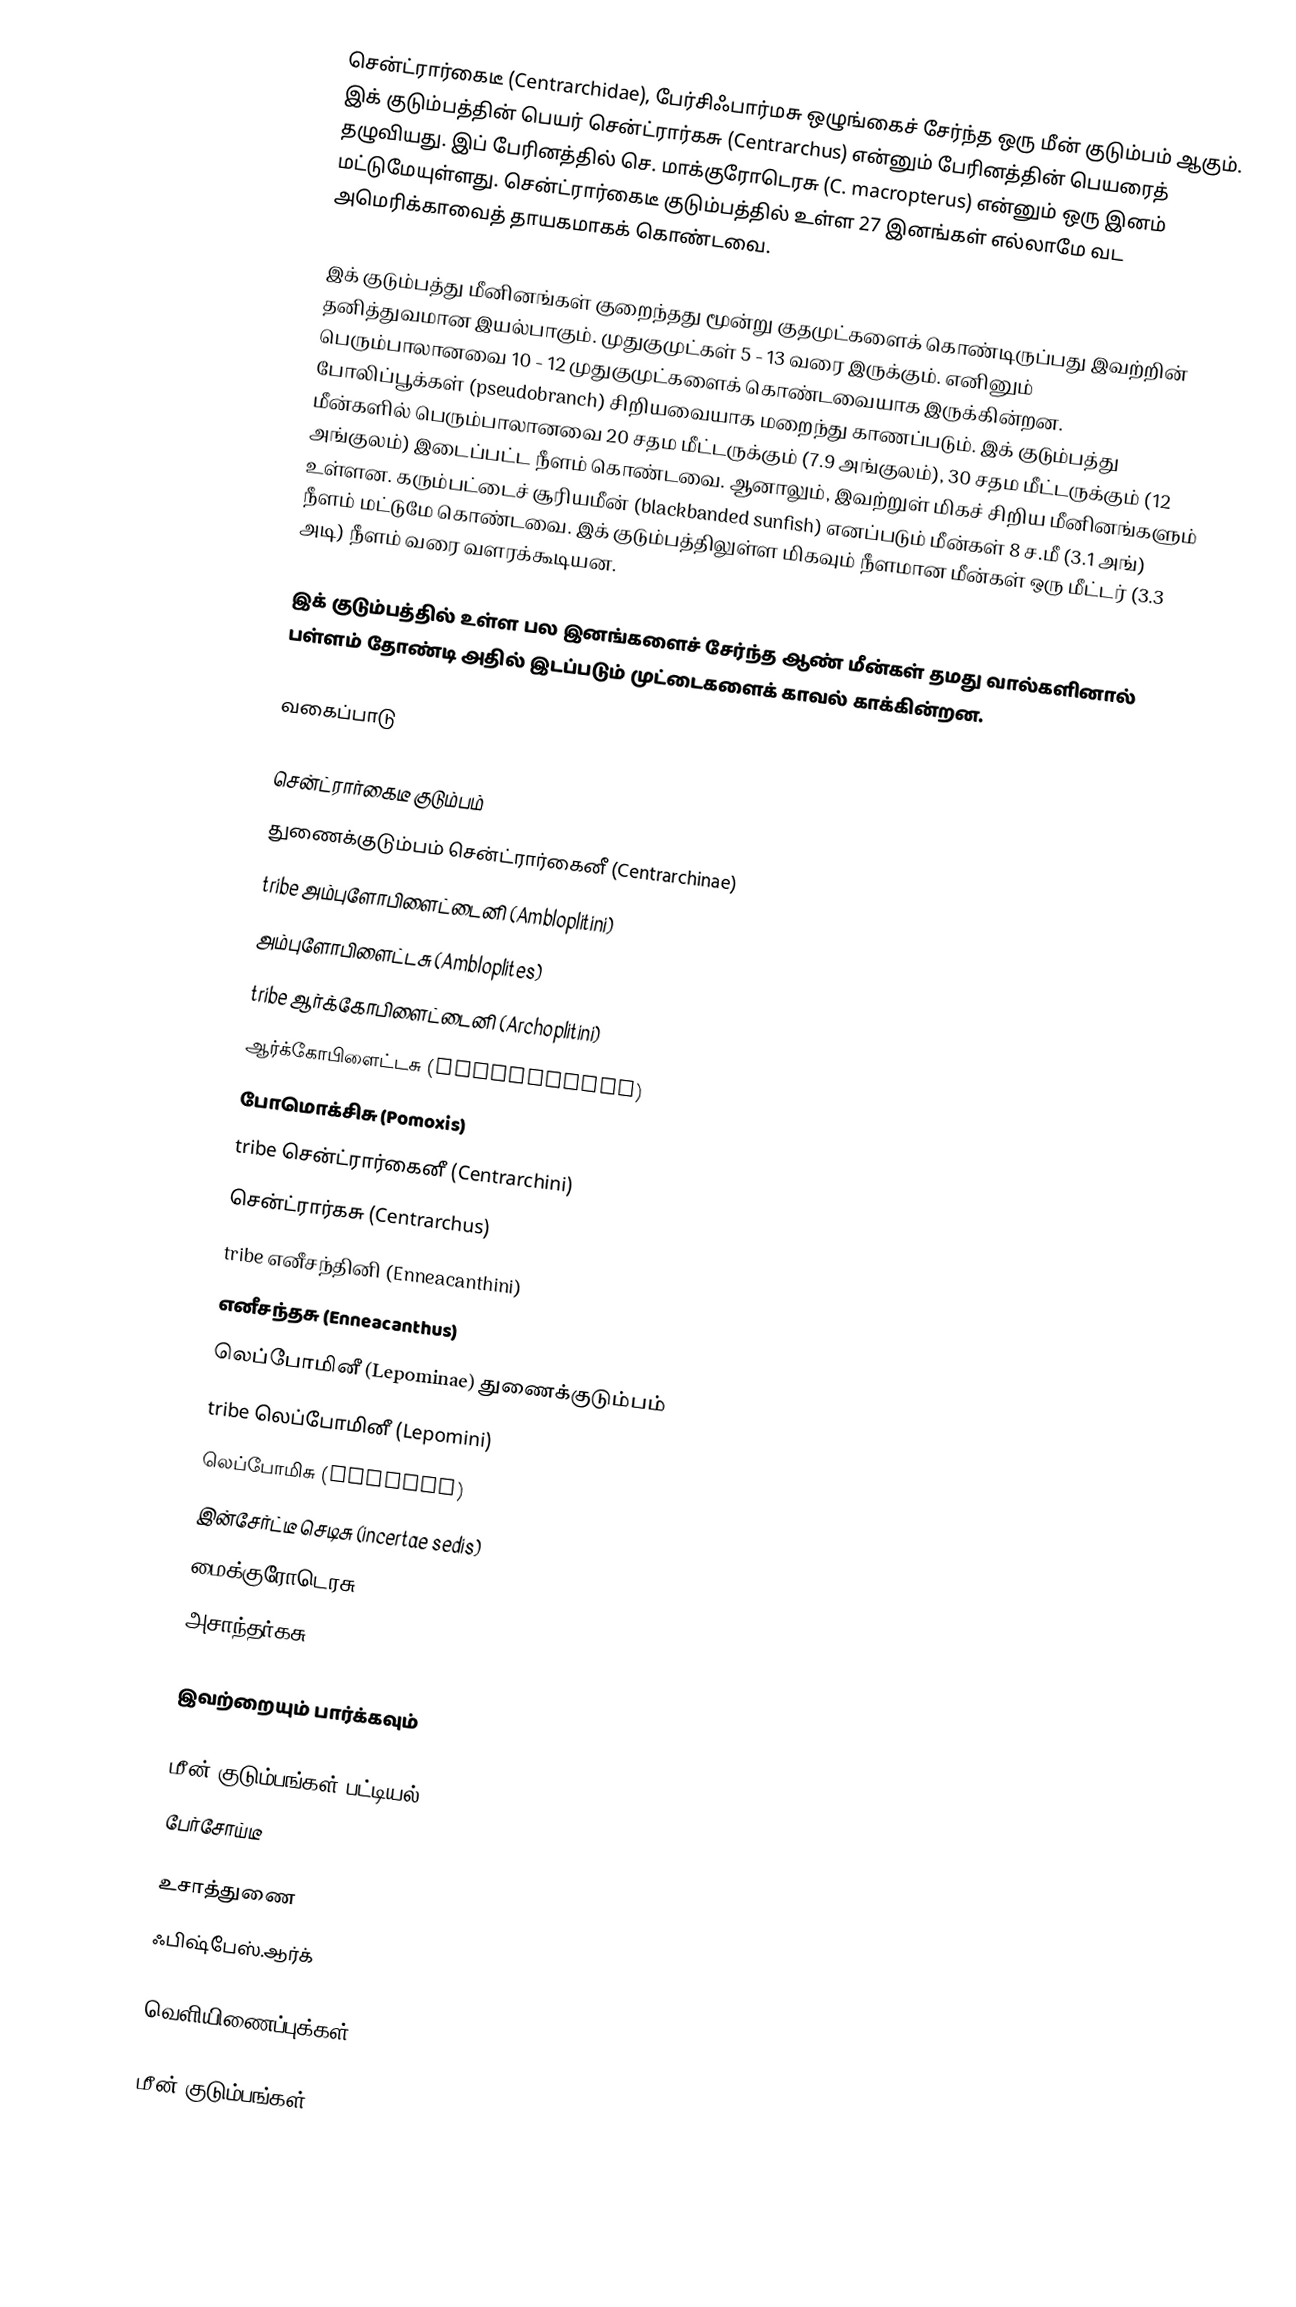
சென்ட்ரார்கைடீ (Centrarchidae), பேர்சிஃபார்மசு ஒழுங்கைச் சேர்ந்த ஒரு மீன் குடும்பம் ஆகும். இக் குடும்பத்தின் பெயர் சென்ட்ரார்கசு (Centrarchus) என்னும் பேரினத்தின் பெயரைத் தழுவியது. இப் பேரினத்தில் செ. மாக்குரோடெரசு (C. macropterus) என்னும் ஒரு இனம் மட்டுமேயுள்ளது. சென்ட்ரார்கைடீ குடும்பத்தில் உள்ள 27 இனங்கள் எல்லாமே வட அமெரிக்காவைத் தாயகமாகக் கொண்டவை.

இக் குடும்பத்து மீனினங்கள் குறைந்தது மூன்று குதமுட்களைக் கொண்டிருப்பது இவற்றின் தனித்துவமான இயல்பாகும். முதுகுமுட்கள் 5 - 13 வரை இருக்கும். எனினும் பெரும்பாலானவை 10 - 12 முதுகுமுட்களைக் கொண்டவையாக இருக்கின்றன. போலிப்பூக்கள் (pseudobranch) சிறியவையாக மறைந்து காணப்படும். இக் குடும்பத்து மீன்களில் பெரும்பாலானவை 20 சதம மீட்டருக்கும் (7.9 அங்குலம்), 30 சதம மீட்டருக்கும் (12 அங்குலம்) இடைப்பட்ட நீளம் கொண்டவை. ஆனாலும், இவற்றுள் மிகச் சிறிய மீனினங்களும் உள்ளன. கரும்பட்டைச் சூரியமீன் (blackbanded sunfish) எனப்படும் மீன்கள் 8 ச.மீ (3.1 அங்) நீளம் மட்டுமே கொண்டவை. இக் குடும்பத்திலுள்ள மிகவும் நீளமான மீன்கள் ஒரு மீட்டர் (3.3 அடி) நீளம் வரை வளரக்கூடியன.

இக் குடும்பத்தில் உள்ள பல இனங்களைச் சேர்ந்த ஆண் மீன்கள் தமது வால்களினால் பள்ளம் தோண்டி அதில் இடப்படும் முட்டைகளைக் காவல் காக்கின்றன.

வகைப்பாடு

சென்ட்ரார்கைடீ குடும்பம்
 துணைக்குடும்பம் சென்ட்ரார்கைனீ (Centrarchinae)
  tribe அம்புளோபிளைட்டைனி (Ambloplitini)
     அம்புளோபிளைட்டசு (Ambloplites)
   tribe ஆர்க்கோபிளைட்டைனி (Archoplitini)
     ஆர்க்கோபிளைட்டசு (Archoplites)
     போமொக்சிசு (Pomoxis)
   tribe சென்ட்ரார்கைனீ (Centrarchini)
     சென்ட்ரார்கசு (Centrarchus)
   tribe எனீசந்தினி (Enneacanthini)
     எனீசந்தசு (Enneacanthus)
  லெப்போமினீ (Lepominae) துணைக்குடும்பம்
   tribe லெப்போமினீ (Lepomini)
     லெப்போமிசு (Lepomis)
 இன்சேர்ட்டீ செடிசு (incertae sedis)
    மைக்குரோடெரசு (Micropterus)
    அசாந்தர்கசு (Acantharchus)

இவற்றையும் பார்க்கவும்

 மீன் குடும்பங்கள் பட்டியல்
 பேர்சோய்டீ

உசாத்துணை
 ஃபிஷ்பேஸ்.ஆர்க்

வெளியிணைப்புக்கள்

மீன் குடும்பங்கள்